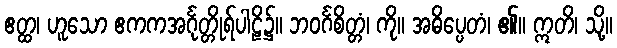
ဧတ္ထ၊ ဟူသော ဧကကအင်္ဂုတ္တိုရ်ပါဠိ၌။ ဘဝင်္ဂစိတ္တံ၊ ကို။ အဓိပ္ပေတံ၊ ၏။ ဣတိ၊ သို့။